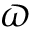
\varpi